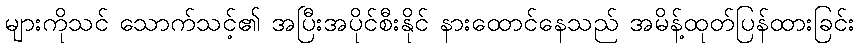
များကိုသင် သောက်သင့်၏ အပြီးအပိုင်စီးနိုင် နားထောင်နေသည် အမိန့်ထုတ်ပြန်ထားခြင်း